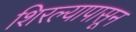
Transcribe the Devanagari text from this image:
शिरल्यापासून